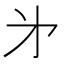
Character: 㐧